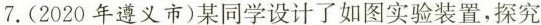
7.(2020年遵义市)某同学设计了如图实验装置，探究